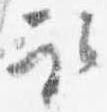
取